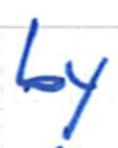
Text: by
Cross-out: clean
Writing tool: ballpoint